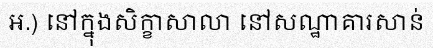
អ.) នៅក្នុងសិក្ខាសាលា នៅសណ្ឋាគារសាន់